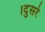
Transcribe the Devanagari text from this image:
।दुसरे